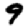
Digit: 9